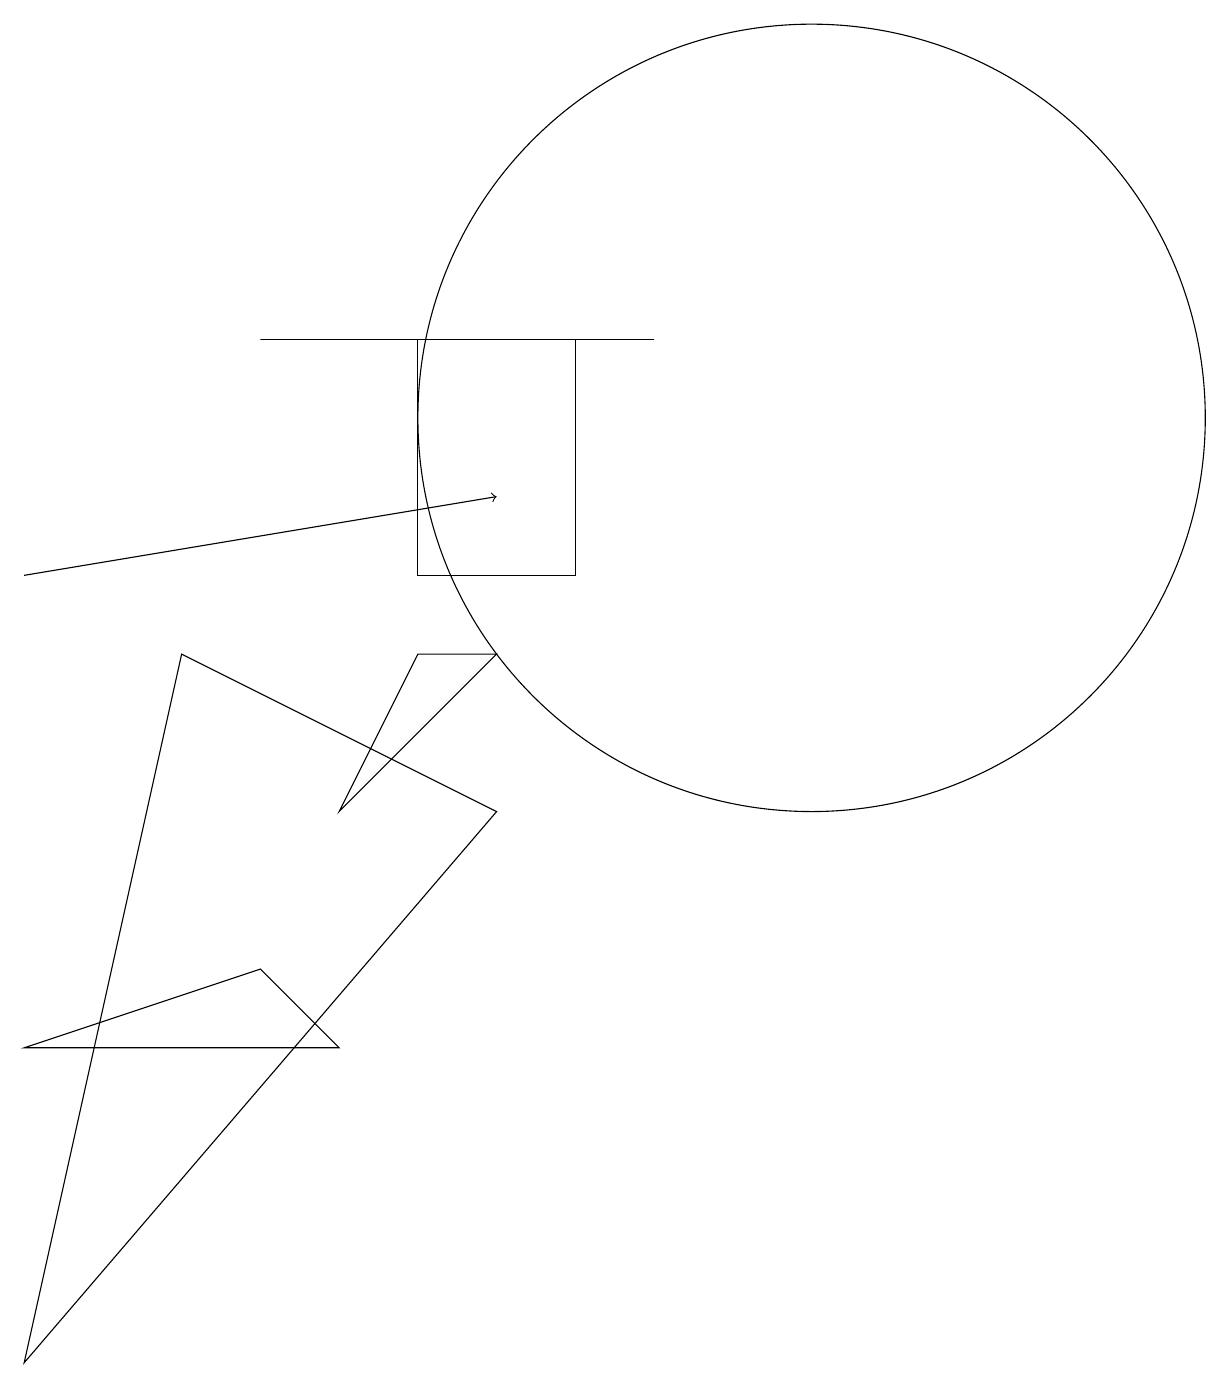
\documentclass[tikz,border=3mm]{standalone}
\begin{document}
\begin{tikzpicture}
\draw (10,12) circle (5);
\draw (6,9) -- (5,9) -- (4,7) -- cycle;
\draw (7,13) rectangle (5,10);
\draw[->] (0,10) -- (6,11);
\draw (8,13) rectangle (3,13);
\draw (6,7) -- (0,0) -- (2,9) -- cycle;
\draw (4,4) -- (0,4) -- (3,5) -- cycle;
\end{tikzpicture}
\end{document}